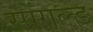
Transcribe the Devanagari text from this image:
स्पेंगल्ड